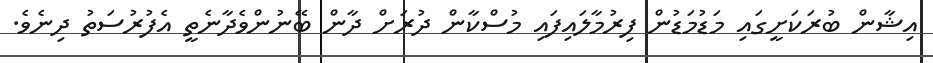
އިޝާން ބުރަކަށީގައި މަޑުމަޑުން ފިރުމާލައިފައި މުސްކާން ދުރަށް ދާން ބޭނުންވެދާނެތީ އެފުރުސަތު ދިނެވެ.